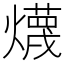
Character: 𱬦